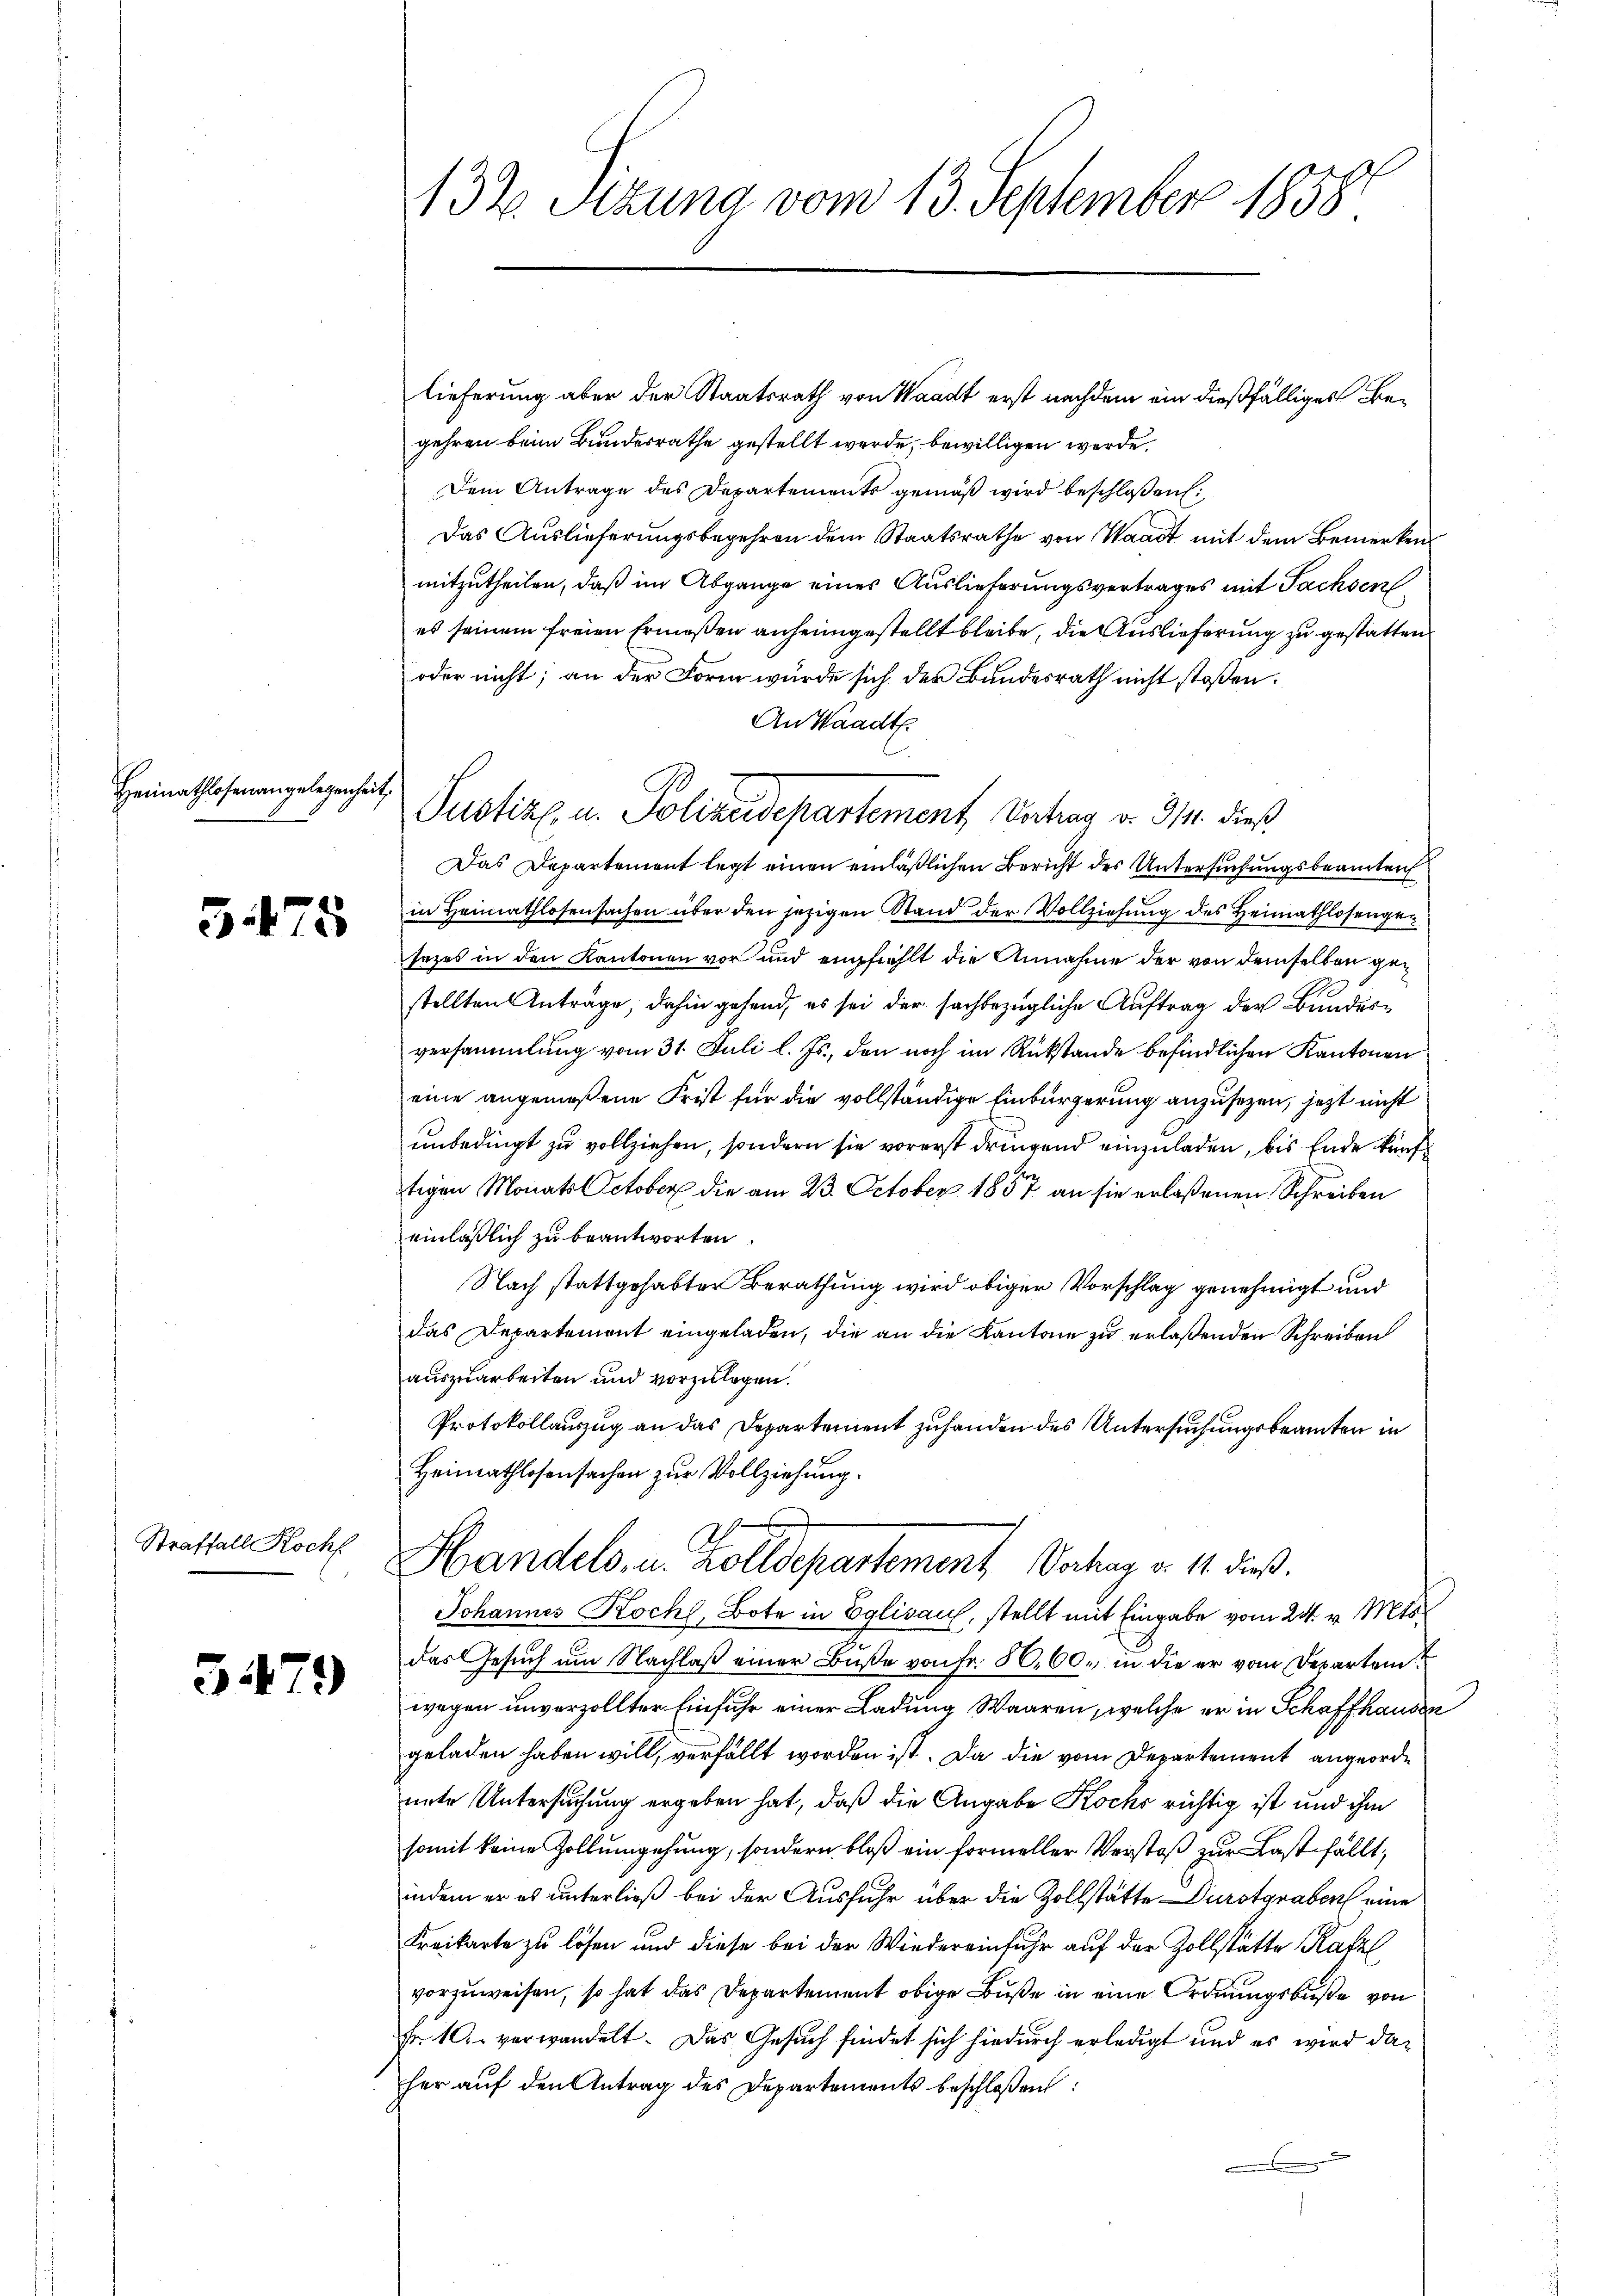
Heimathlosenangelegenheit,

5475

Straffall Kochf

3479

132. Sizung vom 13. September 1858.

Justiz u. Polizeidepartement Antrag v. 311. dieß

lieferung aber der Staatsrath von Waadt erst nachdem ein dießfälliges Begehren beim Bundesrathe gestellt werde, bewilligen werde.
Dem Antrage des Departements gemäß wird beschloßen:
Das Auslieferungsbegehren dem Staatsrathe von Waadt mit dem Bemerken
mitzutheilen, daß im Abgange eines Auslieferungsvertrages mit Sachsen
es seinem freien Ermeßen anheimgestellt bleibe, die Auslieferung zu gestatten
oder nicht; an der Form wurde sich des Bundesrath nicht stoßen.
An Waadt.
Das Departement legt einen einläßlichen Bericht des Untersuchungsbeamten
in Heimathlosensachen über den jezigen Stand der Vollziehung des Heimathlosengesezes in den Kantonen vor und empfiehlt die Annahme der von demselben gestellten Anträge, dahin gehend, es sei der sachbezügliche Auftrag der Bundesversammlung vom 31. Juli l. Js., den noch im Rückstände befindlichen Kantonen
eine angemeßene Frist für die vollständige Einbürgerung anzusezen, jetzt nicht
unbedingt zu vollziehen, sondern sie vorerst dringend einzuladen, bis Ende künftigen Monats October die am 23. October 1857 an sie erlaßenen Schreiben
einläßlich zu beantworten.
Nach stattgehabter Berathung wird obiger Vorschlag genehmigt und
das Departemont eingeladen, die an die Kantone zu erlaßenden Schreiben
auszuarbeiten und vorzulegen.
Protokollauszug an das Departement zuhanden des Untersuchungsbeamten in
Heimathlosensachen zur Vollziehung.
Handels, u. Zolldepartement Vertrag v. 1. dieß.
Johannes Kochl, Bote in Eglisau, stellt mit Eingabe vom 24. v. Mts.
das Gesuch um Nachlaß einer Buße von Fr. 5000. in die er vom Departem
wegen unverzollter Einfuhr einer Ladung Waaren, welche er in Schaffhausen
geladen haben will, verfällt worden ist. Da die vom Departement angeorde
unter Untersuchung ergeben hat, daß die Angabe Koch richtig ist und ihm
somit keine Zollumgehung, sondern bloß ein formeller Verstoß zur Last fällt,
indem er es unterließ bei der Ausfuhr über die Zollstätte Durstgraben eine
Freikarte zu lösen und diese bei der Wiedereinfuhr auf der Zollstätte Katzl
vorzuweisen, so hat das Departement obige Buße in eine Ordnungsbuße von
Fr. 10. verwandelt. Das Gesuch findet sich hiedurch erledigt und es wird daher auf den Antrag des Departements beschloßen: